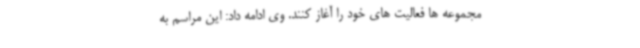
مجموعه ها فعالیت های خود را آغاز کنند. وی ادامه داد: این مراسم به